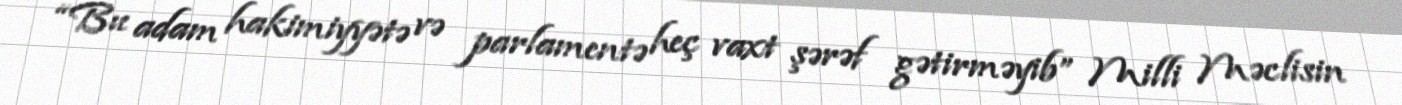
“Bu adam hakimiyyətə və parlamentə heç vaxt şərəf gətirməyib” Milli Məclisin